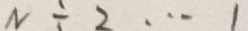
N \div 2 \cdots 1